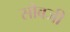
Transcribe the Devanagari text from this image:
सोबजी